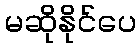
မဆိုနိုင်ပေ